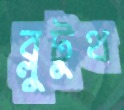
ব্লুটুথ